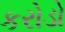
કરોડો